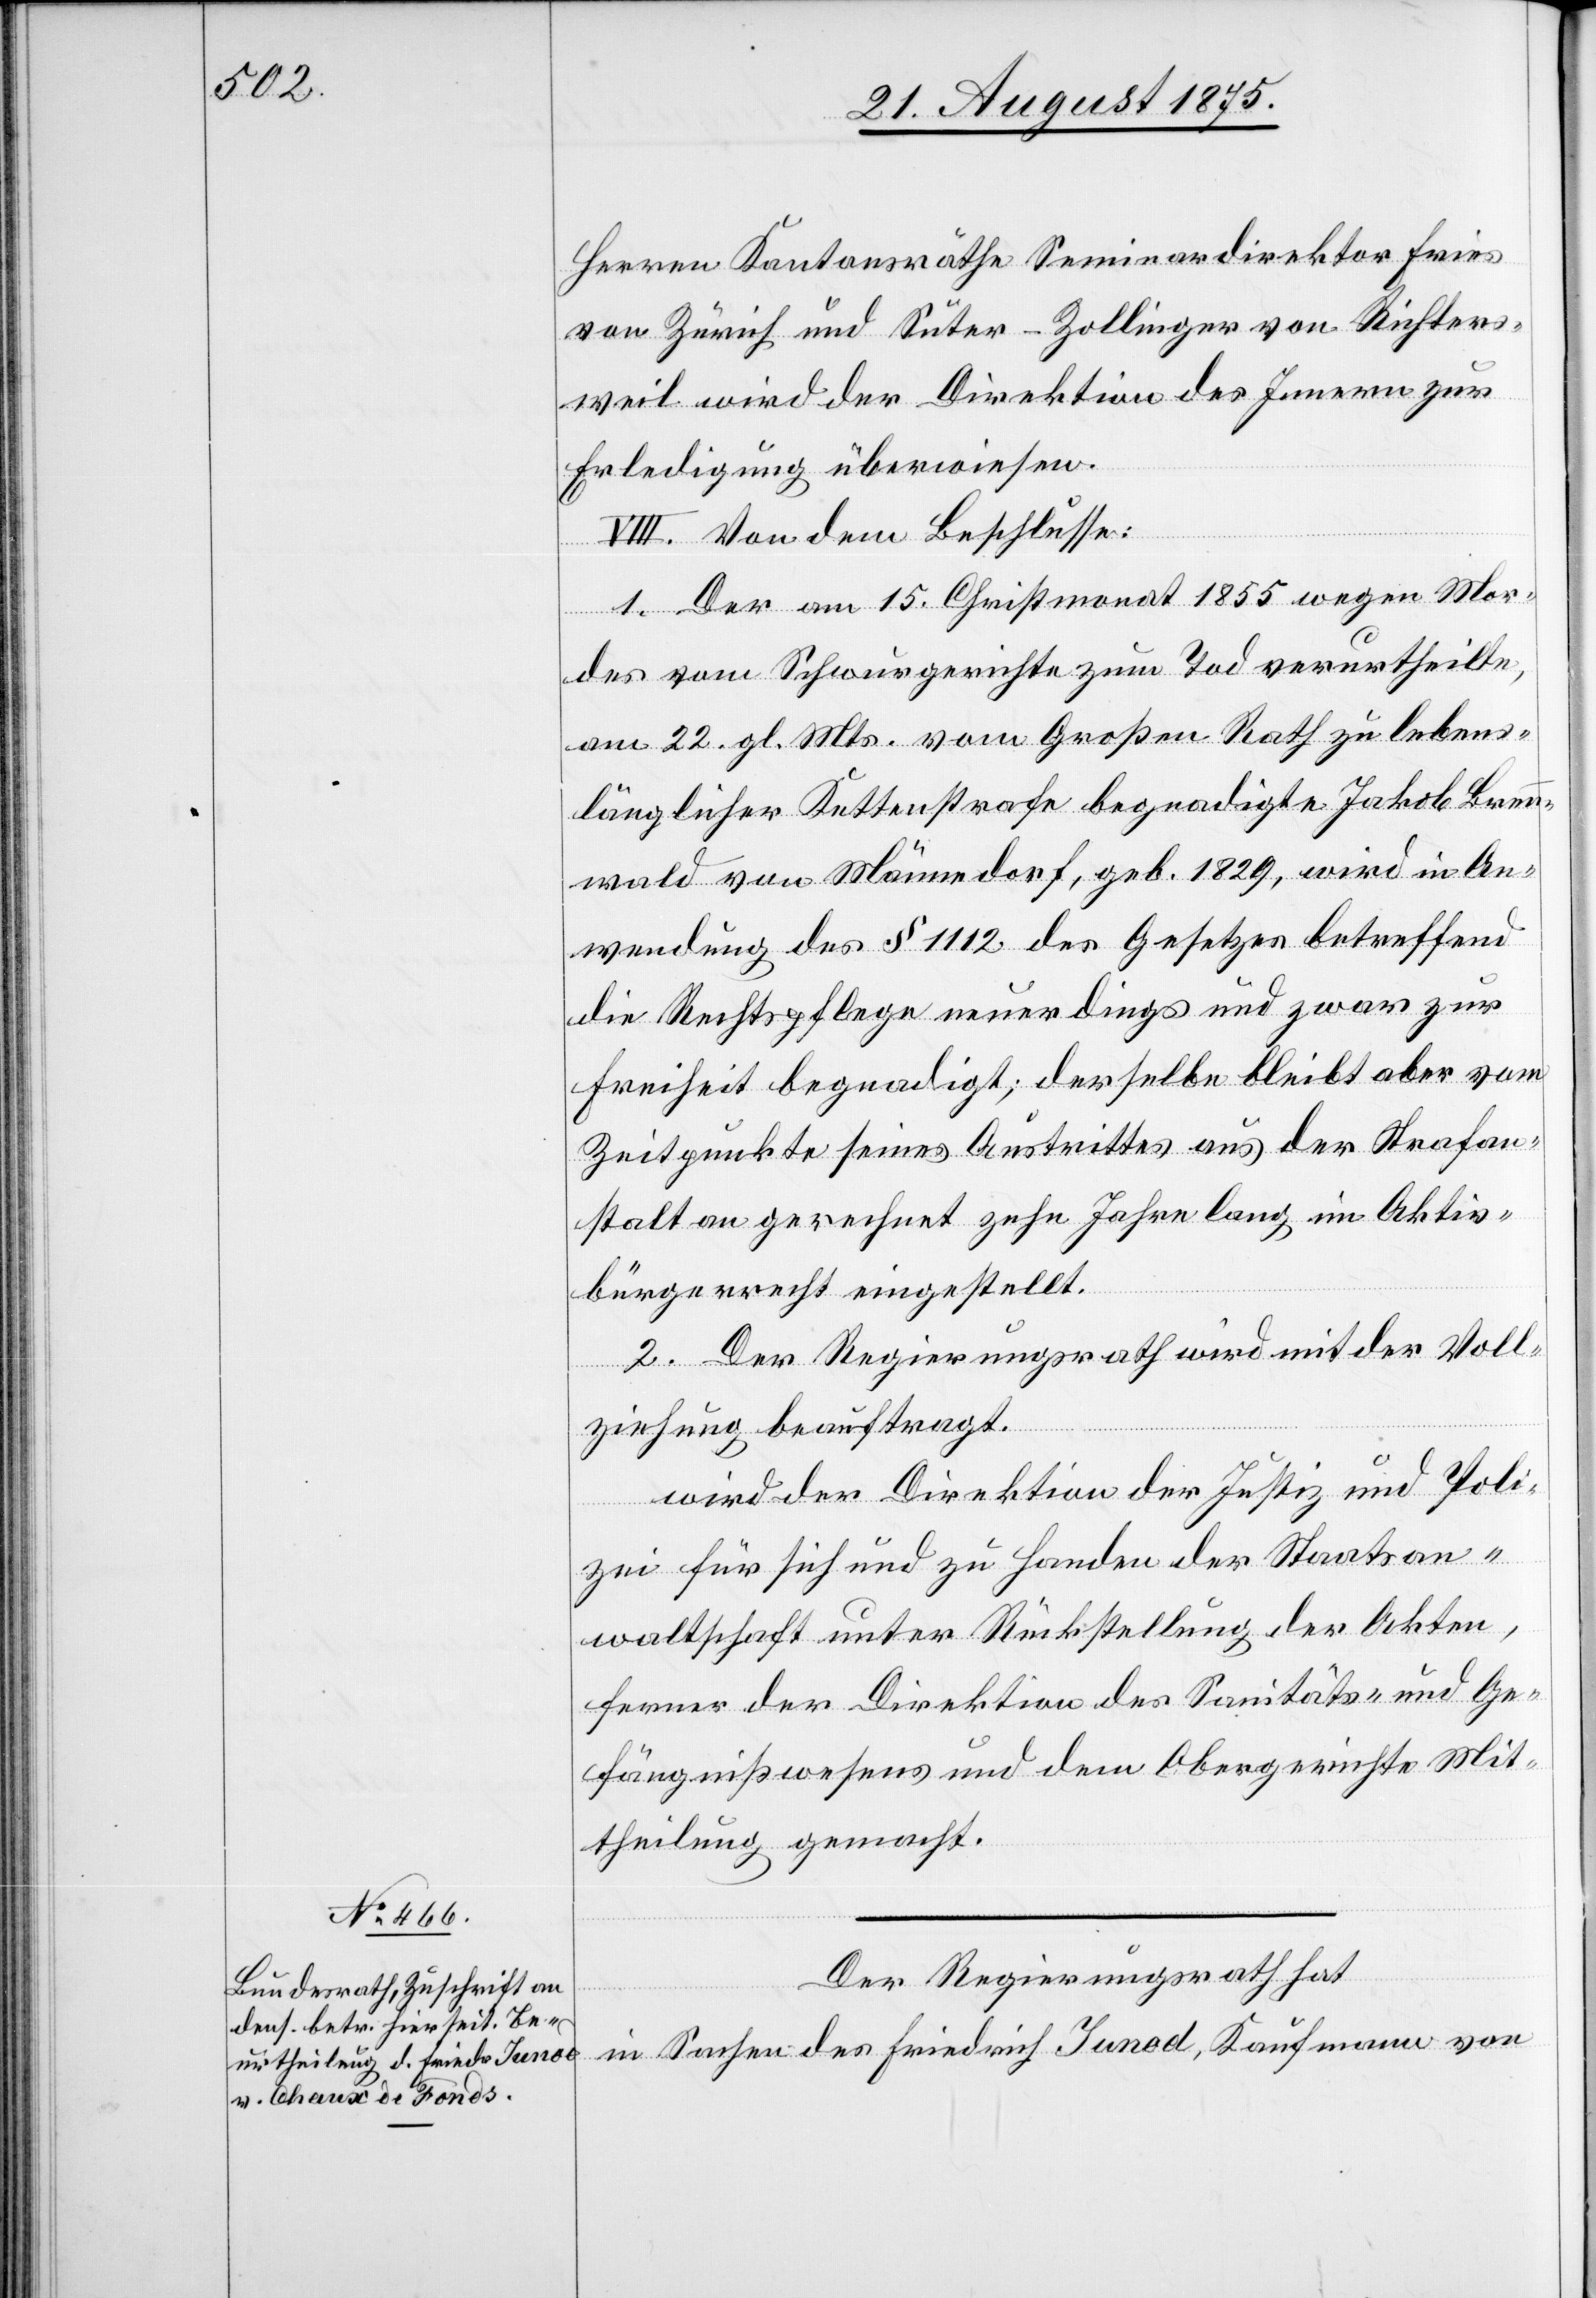
Herren Kantonsräthe Seminardirektor Fries
von Zürich und Suter-Zollinger von Richters¬
weil wird der Direktion des Innern zur
Erledigung überwiesen.
VIII. Von dem Beschlusse:
1. Der am 15. Christmonat 1855 wegen Mor¬
des vom Schwurgerichte zum Tod verurtheilte,
am 22. gl. Mts. vom Großen Rath zu lebens¬
länglicher Kettenstrafe begnadigte Jakob Brenn¬
wald von Männedorf, geb 1829, wird in An¬
wendung des § 1112 des Gesetzes betreffend
die Rechtspflege neuerdings und zwar zur
Freiheit begnadigt; derselbe bleibt aber vom
Zeitpunkte seines Austrittes aus der Strafan¬
stalt an gerechnet zehn Jahre lang im Aktiv¬
bürgerrecht eingestellt.
2. Der Regierungsrath wird mit der Voll¬
ziehung beauftragt.
wird der Direktion der Justiz und Poli¬
zei für sich und zu Handen der Staatsan¬
waltschaft unter Rückstellung der Akten,
ferner der Direktion des Sanitäts- und Ge¬
fängnißwesens und dem Obergerichte Mit¬
theilung gemacht.
Der Regierungsrath hat
in Sachen des Friedrich Iunod, Kaufmann von